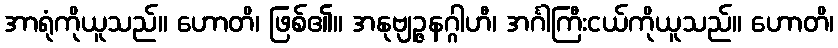
အာရုံကိုယူသည်။ ဟောတိ၊ ဖြစ်၏။ အနုဗျဉ္ဇနဂ္ဂါဟီ၊ အင်္ဂါကြီးငယ်ကိုယူသည်။ ဟောတိ၊